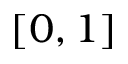
[ 0 , 1 ]